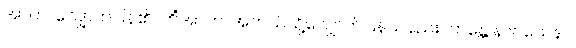
အာဟ၊ လျှောက်ပြန်၏။ ကိံအာဟ၊ အဘယ်သို့လျှောက်ပြန်သနည်း။ ဘန္တေ နာဂသေနာ၊